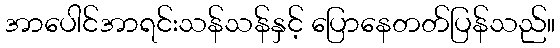
အာပေါင်အာရင်းသန်သန်နှင့် ပြောနေတတ်ပြန်သည်။